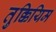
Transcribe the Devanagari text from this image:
तुक्कियिम